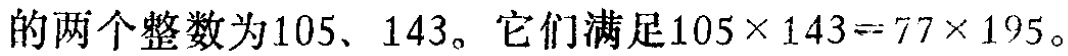
的两个整数为105、143。它们满足\(105\times 143 = 77\times 195\)。